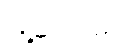
မြို့တော်မှာ